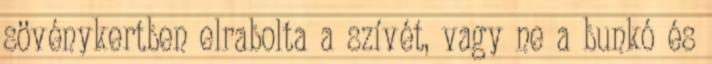
sövénykertben elrabolta a szívét, vagy ne a bunkó és